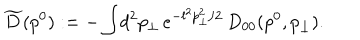
\widetilde { D } ( p ^ { 0 } ) : = - \int \! d ^ { 2 } p _ { \perp } \, e ^ { - l ^ { 2 } p _ { \perp } ^ { 2 } / 2 } \, D _ { 0 0 } ( p ^ { 0 } , p _ { \perp } ) .